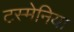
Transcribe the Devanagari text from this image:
टस्मेनिया